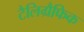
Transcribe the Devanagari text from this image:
टैलिग्रैफिक